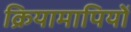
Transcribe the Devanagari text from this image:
क्रियामापियों